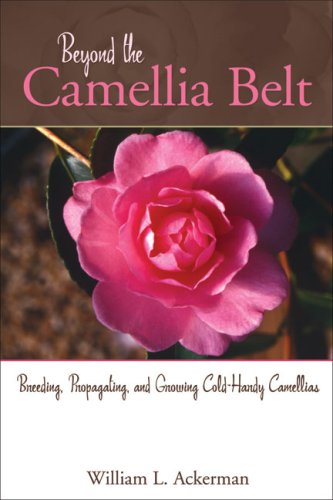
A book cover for Beyond the Camellia Belt: Breeding, Propagating, and Growing Cold-Hardy Camellias; William L. Ackerman; Crafts, Hobbies & Home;